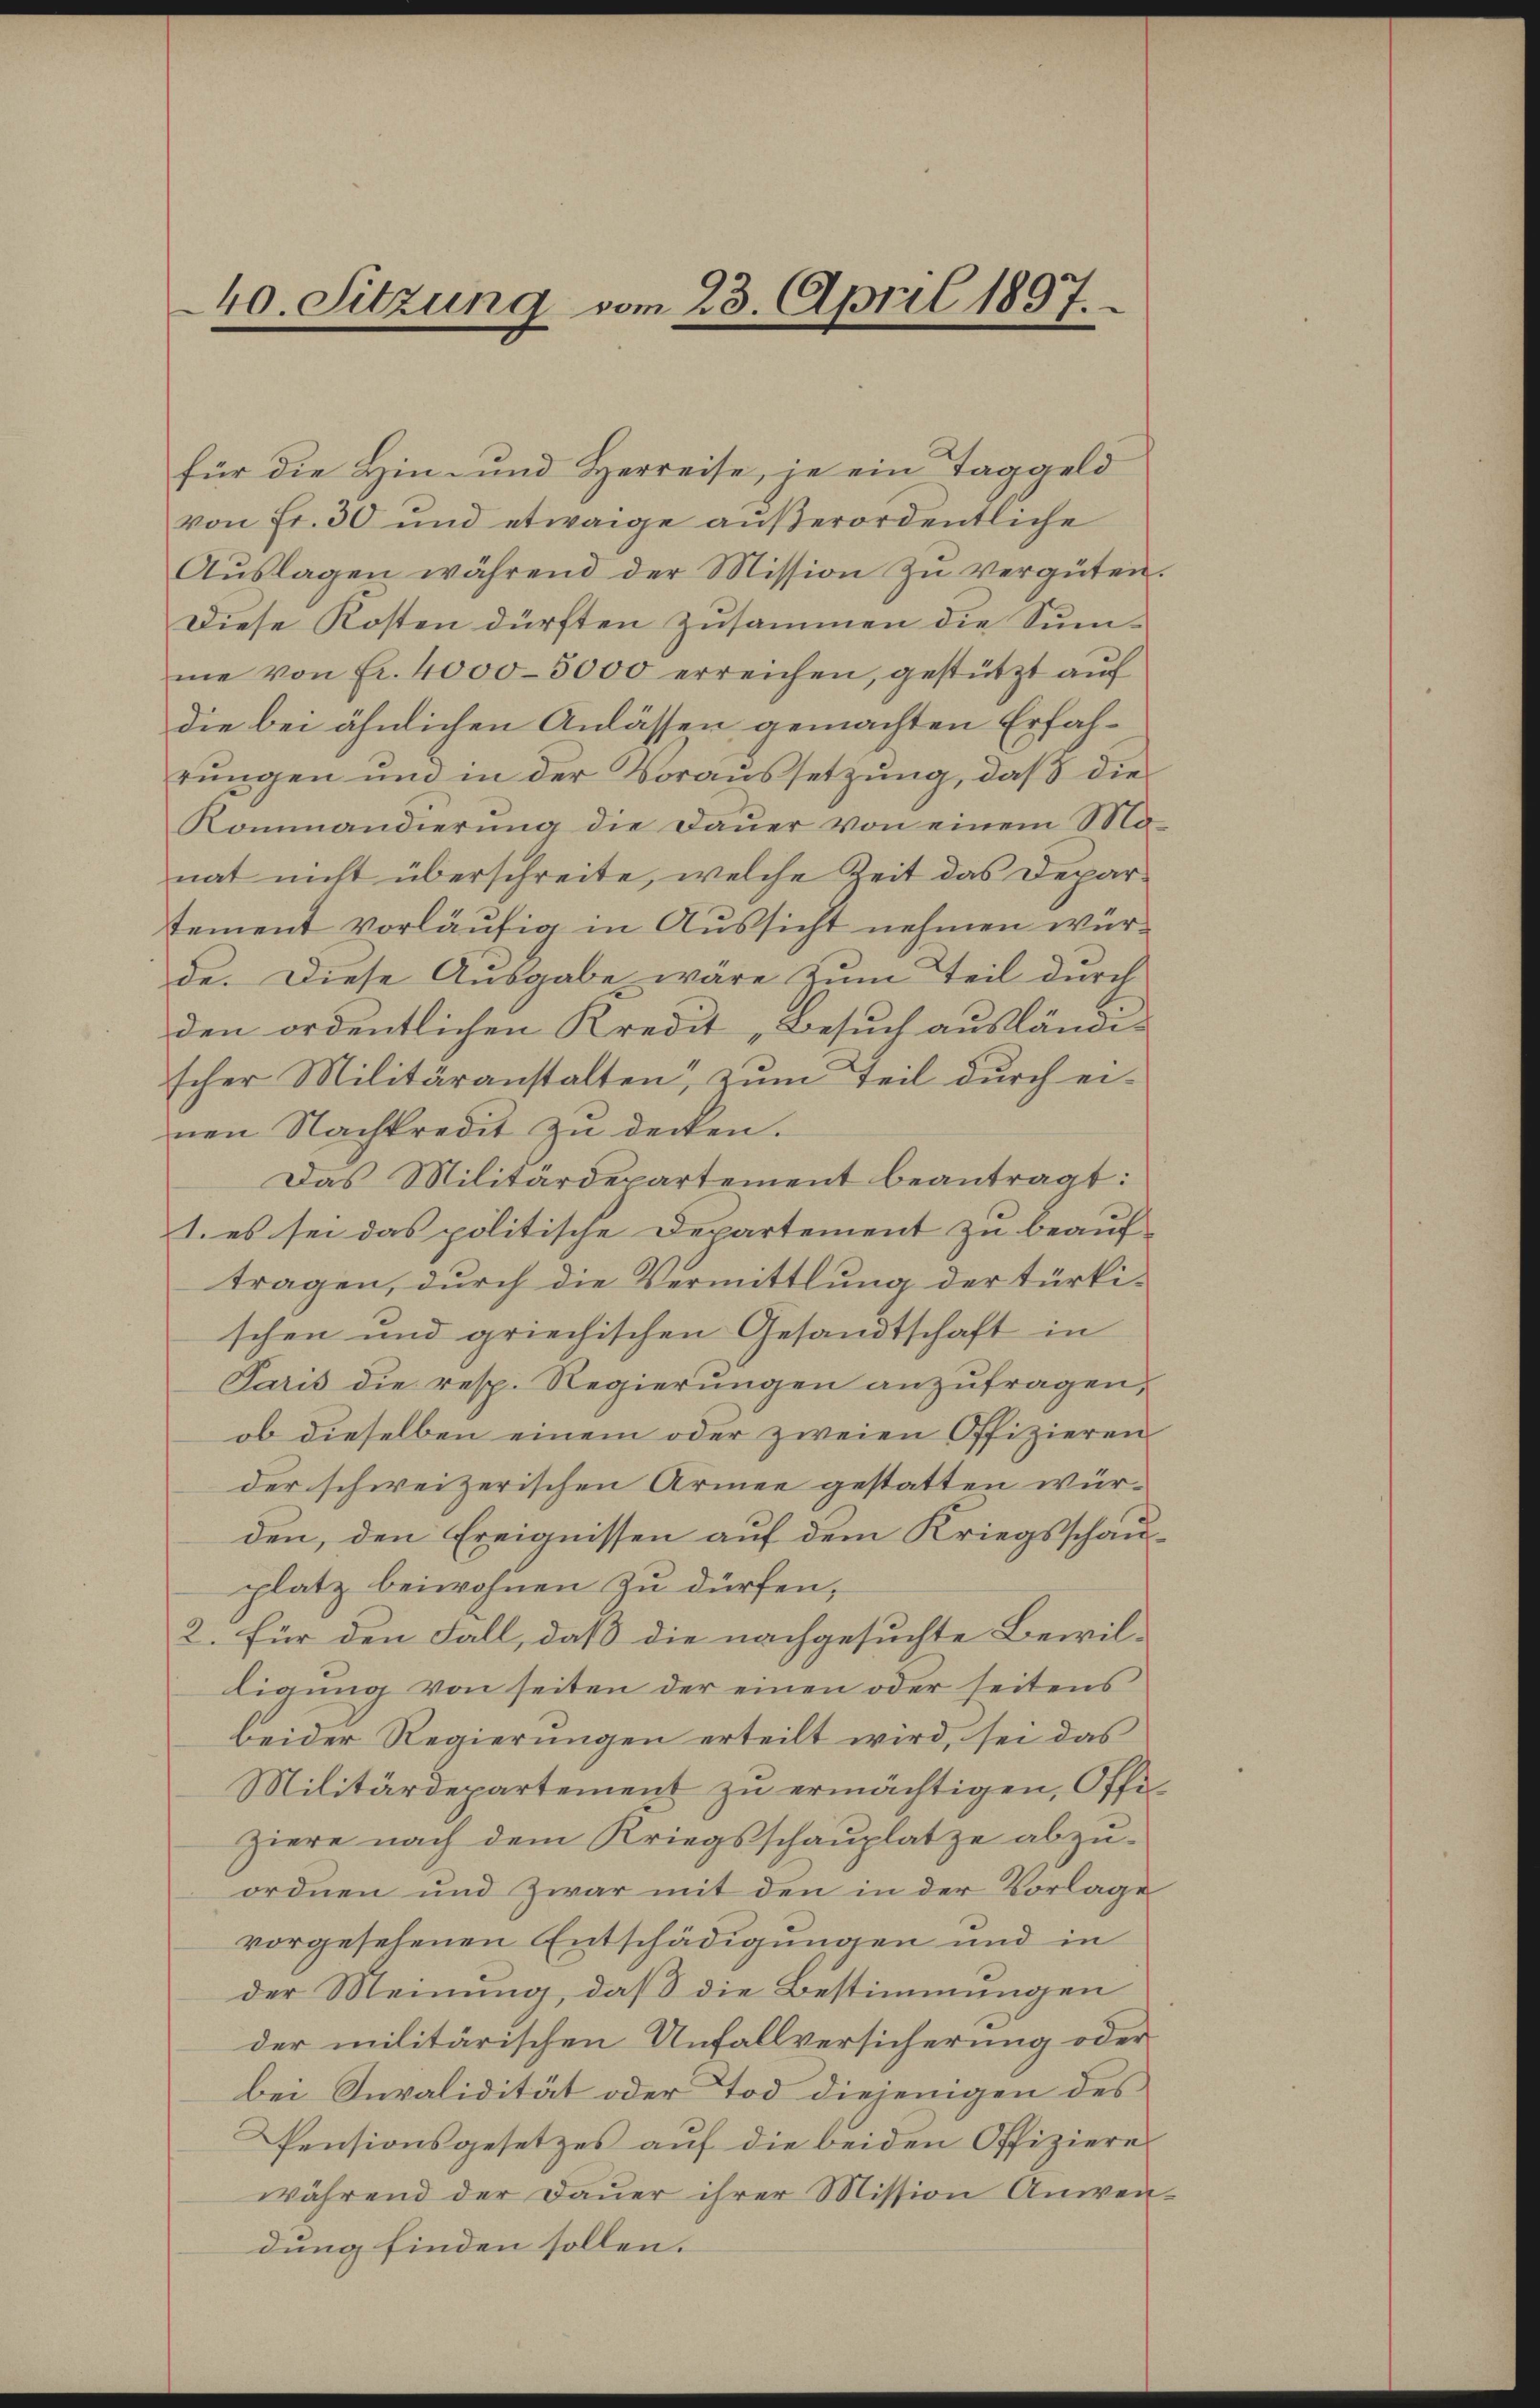
40. Sitzung vom 23. April 1897.

für die Hin- und Herreise, je ein Taggeld
von Fr. 30 und etwaige außerordentliche
Aŭslagen während der Mission zŭ vergüten
Diese Kosten dürften zusammen die Summe von Fr. 4000–5000 erreichen, gestützt auf
die bei ähnlichen Anlassen gemachten Erfahrungen und in der Voraussetzung, daß die
Kommandierung die Dauer von einem Ma
nat nicht überschreite, welche Zeit das Departement vorläufig in Aussicht nehmen würde. Diese Ausgabe wäre zŭm Teil durch
den ordentlichen Kredit, Besuch ausländischer Militäranstalten, zum Teil durch ei-
nen Nachkredit zu decken.
Das Militärdepartement beantragt:
1. es sei das politische Departement zu beauf
tragen, durch die Vermittlung der türkischen und griechischen Gesandtschaft in
Paris die resp. Regierungen anzufragen,
ob dieselben einem oder zweien Offizieren
der schweizerischen Armee gestatten wür-
den, den Ereignissen auf dem Kriegsschauplatz beiwohnen zu dürfen,
2. Für den Fall, daß die nachgesuchte Bewilligung von seiten der einen oder seitens
beider Regierungen erteilt wird, sei das
Militärdepartement zu ermächtigen, Offiziere nach dem Kriegsschauplatze abzu-
ordnen und zwar mit den in der Vorlage
vorgesehenen Entschädigungen und in
der Meinung, daß die Bestimmungen
der militärischen Unfallversicherung oder
bei Suvalidität oder Tod diejenigen des
Pensionsgesetzes aŭf die beiden Offizieres
während der Dauer ihrer Mission Anwen
dung finden sollen.

s
2